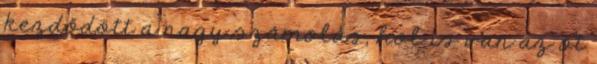
kezdődött a nagy számolás, hol is van az öt